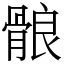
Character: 䯖